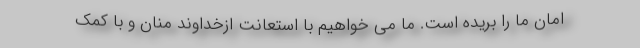
امان ما را بریده است. ما می خواهیم با استعانت ازخداوند منان و با کمک